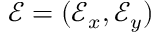
\mathcal { E } = ( \mathcal { E } _ { x } , \mathcal { E } _ { y } )